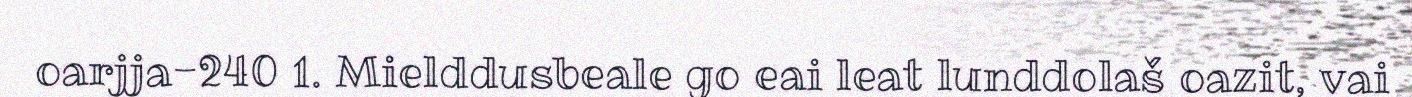
oarjja-240 1. Mielddusbeale go eai leat lunddolaš oazit, vai